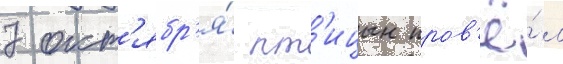
7 окт'ябр'я́ пт'ицын пров'ё́л